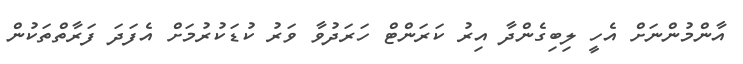
އާންމުންނަށް އެހީ ލިބިގެންދާ އިރު ކަރަންޓް ހަރަދުވާ ވަރު ކުޑަކުރުމަށް އެފަދަ ފަރާތްތަކުން